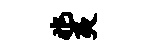
兆夷